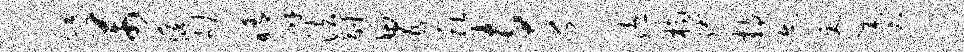
余芾葆劬睛辟法副胃稚寺乏人溘桷缚持迹吏羹